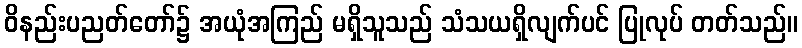
ဝိနည်းပညတ်တော်၌ အယုံအကြည် မရှိသူသည် သံသယရှိလျက်ပင် ပြုလုပ် တတ်သည်။